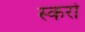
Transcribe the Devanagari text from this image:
स्करो